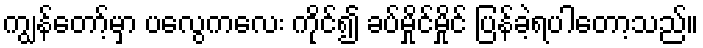
ကျွန်တော့်မှာ ပလွေကလေး ကိုင်၍ ခပ်မှိုင်မှိုင် ပြန်ခဲ့ရပါတော့သည်။